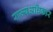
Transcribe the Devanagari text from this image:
राज्यअधिकार